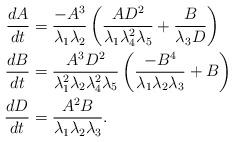
LaTeX: \begin{align*}\begin{aligned}\frac{dA}{dt}&=\frac{-A^3}{\lambda_1\lambda_2}\left(\frac{AD^2}{\lambda_1\lambda_4^2\lambda_5}+\frac{B}{\lambda_3D}\right)\\\frac{dB}{dt}&=\frac{A^3D^2}{\lambda_1^2\lambda_2\lambda_4^2\lambda_5}\left(\frac{-B^4}{\lambda_1\lambda_2\lambda_3}+B\right)\\\frac{dD}{dt}&=\frac{A^2B}{\lambda_1\lambda_2\lambda_3}.\end{aligned}\end{align*}